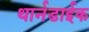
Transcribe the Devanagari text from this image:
थार्नडाईक